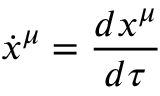
{ \dot { x } } ^ { \mu } = { \frac { d x ^ { \mu } } { d \tau } }